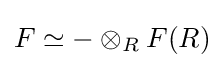
F\simeq -\otimes _{R}F(R)